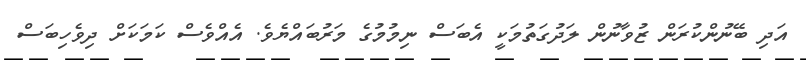
އަދި ބޭނުންކުރަން ޒުވާނުން ލަދުގަތުމަކީ އެބަސް ނިމުމުގެ މަރުބައްޔެވެ. އެއްވެސް ކަމަކަށް ދިވެހިބަސް